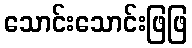
သောင်းသောင်းဖြဖြ